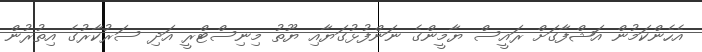
އެހެންކަމުން އަޝްފާގަށް ރައީސް ޔާމީންގެ ނަންފުޅުގަޔާއި ޔޫތު މިނިސްޓްރީ އަދި ސަރުކާރުގެ އިތުރުން